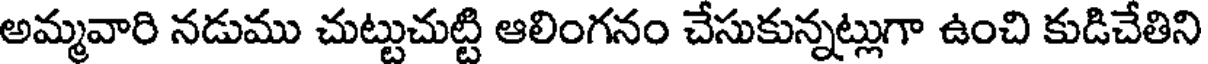
అమ్మవారి నడుము చుట్టుచుట్టి ఆలింగనం చేసుకున్నట్లుగా ఉంచి కుడిచేతిని